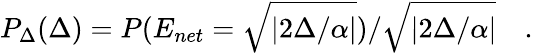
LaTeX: P_{\Delta}(\Delta)=P(E_{net}=\sqrt{|2\Delta/\alpha|})/\sqrt{|2\Delta/\alpha|}\quad.